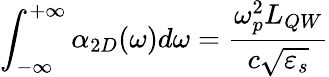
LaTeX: \int_{-\infty}^{+\infty}\alpha_{2D}(\omega)d\omega=\frac{\omega_{p}^{2}L_{QW}}{c\sqrt{\varepsilon_{s}}}